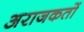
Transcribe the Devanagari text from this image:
अराजकतों